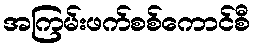
အကြမ်းဖက်စစ်ကောင်စီ